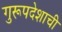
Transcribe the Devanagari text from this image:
गुरूपदेशाची